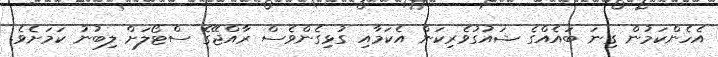
އެހެންކަމުން ގިނަ ބައެއްގެ ޝައުގުވެރިކަން އެކަމާއި ގުޅިގެންވެސް ރާއްޖޭގެ ސްޓޯލަށް ލިބުނު ކަމަށެވެ.